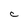
Character: C